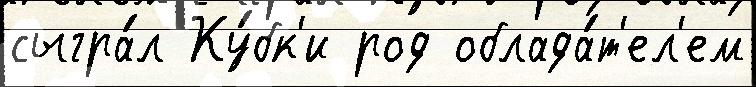
сыгра́л Ку́бк'и род облада́т'ел'ем